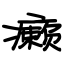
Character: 癞